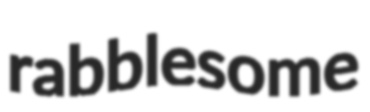
rabblesome